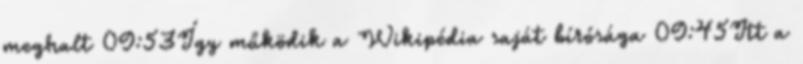
meghalt 09:53Így működik a Wikipédia saját bírósága 09:45Itt a